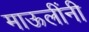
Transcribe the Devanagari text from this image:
माऊलींनी